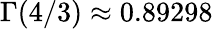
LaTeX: \Gamma(4/3)\approx 0.89298